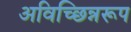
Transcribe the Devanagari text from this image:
अविच्छिन्नरूप